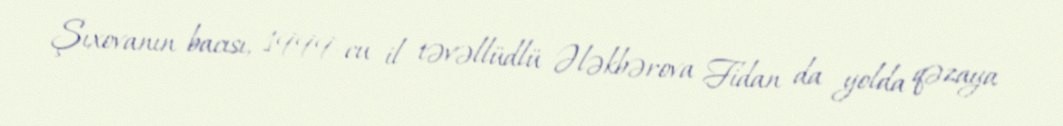
Şıxovanın bacısı, 1999-cu il təvəllüdlü Ələkbərova Fidan da yolda qəzaya